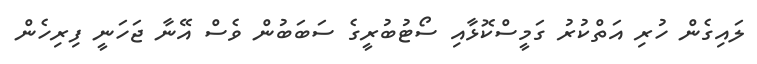
ލައިގެން ހުރި އަތްކުރު ގަމީސްކޮޅާއި ސޯޓުބުރީގެ ސަބަބުން ވެސް އޭނާ ޖަހަނީ ފިރިހެން